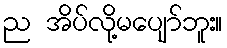
ည အိပ်လို့မပျော်ဘူး။